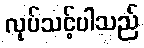
လုပ်သင့်ပါသည်